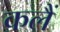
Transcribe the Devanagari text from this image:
कलैं